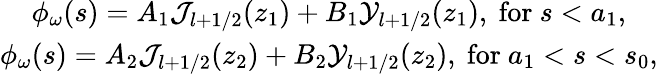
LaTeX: \begin{array}{c}{{\phi_{\omega}(s)=A_{1}{\cal J}_{l+1/2}(z_{1})+B_{1}{\cal Y}_{l+1/2}(z_{1}),\mathrm{\ for\ }s<a_{1},}}\\ {{\phi_{\omega}(s)=A_{2}{\cal J}_{l+1/2}(z_{2})+B_{2}{\cal Y}_{l+1/2}(z_{2}),\mathrm{\ for\ }a_{1}<s<s_{0},}}\end{array}